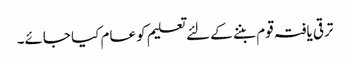
ترقی یافتہ قوم بننے کے لئے تعلیم کو عام کیا جائے۔